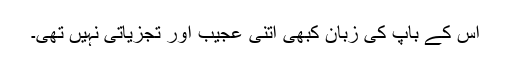
اس کے باپ کی زبان کبھی اتنی عجیب اور تجزیاتی نہیں تھی۔